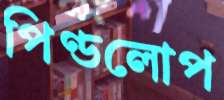
পিণ্ডলোপ